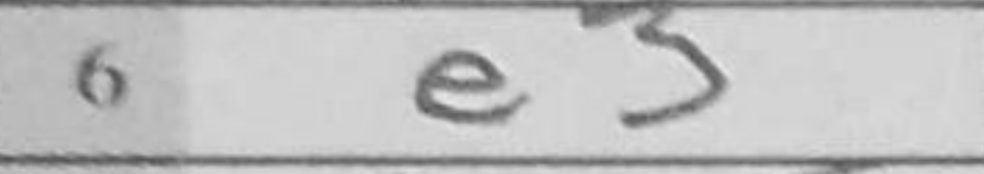
Transcription: e3